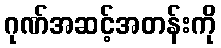
ဂုဏ်အဆင့်အတန်းကို